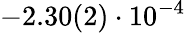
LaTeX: -2.30(2)\cdot 10^{-4}